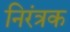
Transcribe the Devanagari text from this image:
निरंत्रक